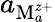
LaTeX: a_{\mathrm{M}_{a}^{z+}}